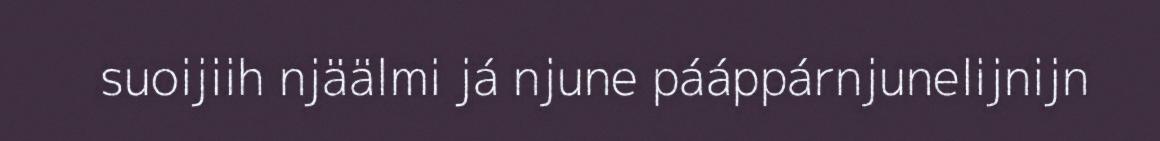
suoijiih njäälmi já njune pááppárnjunelijnijn